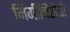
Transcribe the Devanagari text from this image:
मिर्गीनिरोधी